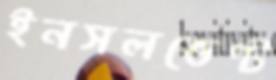
ইনসলভেণ্ট